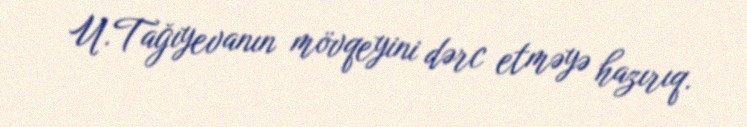
U.Tağıyevanın mövqeyini dərc etməyə hazırıq.